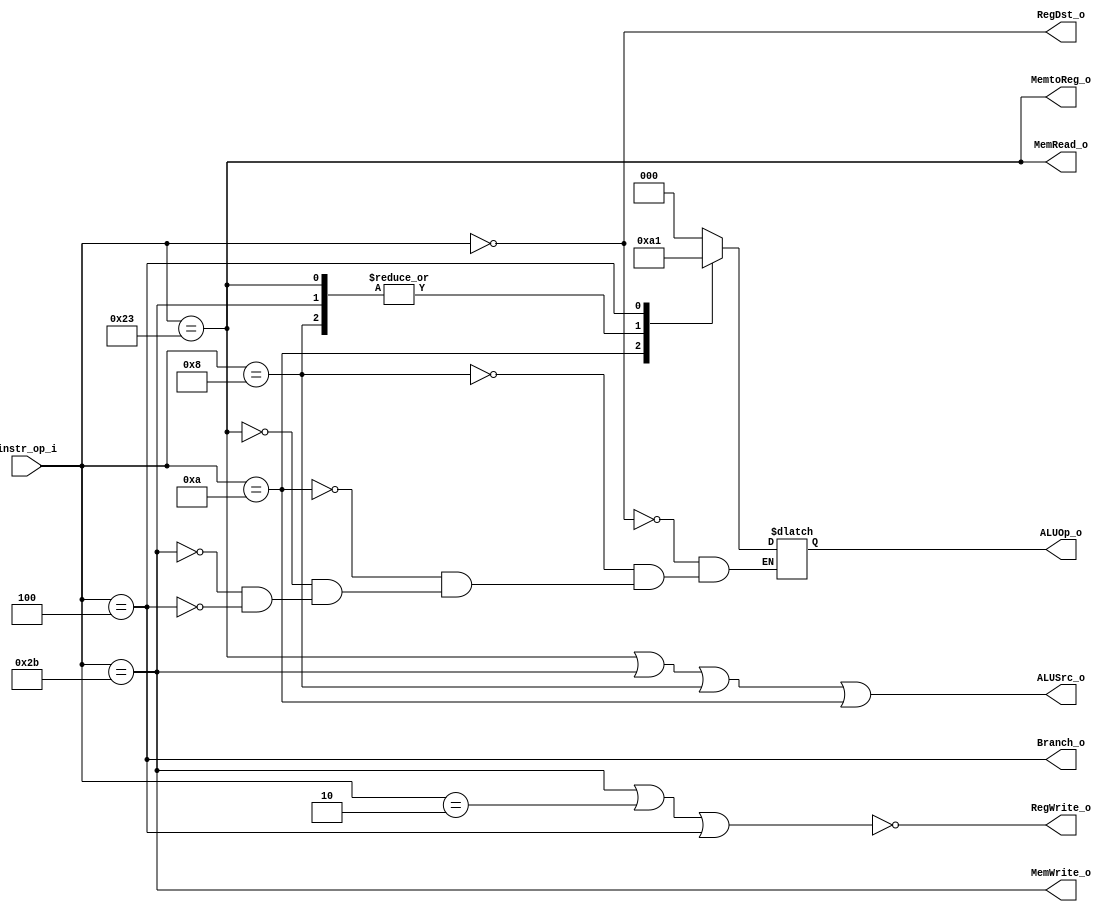
//Subject:     CO project 2 - Decoder
//--------------------------------------------------------------------------------
//Version:     1
//--------------------------------------------------------------------------------
//Writer:      0616086
//----------------------------------------------
//----------------------------------------------
//Description: 
//--------------------------------------------------------------------------------


module Decoder( 
	instr_op_i, 
	RegWrite_o,	
	ALUOp_o, 
	ALUSrc_o, 
	RegDst_o,
	Branch_o, 
	MemRead_o, 
	MemWrite_o, 
	MemtoReg_o
);
     
//I/O ports
input	[6-1:0] instr_op_i;

output	[3-1:0] ALUOp_o;
output  RegDst_o, MemtoReg_o;
output  ALUSrc_o, RegWrite_o, Branch_o, MemRead_o, MemWrite_o;

//Internal Signals
reg	[3-1:0] ALUOp_o;
reg 	[2-1:0] BranchType_o;

//Main function
assign RegWrite_o = ~((instr_op_i==6'b101011) | (instr_op_i==6'b000010) | (instr_op_i==6'b000100));// R-type, lw=1
assign ALUSrc_o = (instr_op_i==6'b100011) | (instr_op_i==6'b101011) | (instr_op_i==6'b001000) | (instr_op_i==6'b001010); //lw sw addi slti
assign Branch_o = (instr_op_i==6'b000100);//beq
assign MemRead_o= (instr_op_i==6'b100011); //lw
assign MemWrite_o =(instr_op_i==6'b101011); //sw
assign MemtoReg_o = ((instr_op_i==6'b100011) ); //lw 
assign RegDst_o = (instr_op_i==6'b000000); //R-type choose 0  ; I-type choose 1


always@(*)begin
	case(instr_op_i)
		6'b000000://r-format
		begin
		   ALUOp_o<=3'b000;
		end
		6'b001000://addi
		begin
		   ALUOp_o<=3'b100;
		end
		6'b001010://slti	
		begin
		   ALUOp_o<=3'b010;
		end
		6'b100011://lw	
		begin
		   ALUOp_o<=3'b100;
		end
		6'b101011://sw	
		begin
	   	   ALUOp_o<=3'b100;
		end
		6'b000100://beq	
		begin
		   ALUOp_o<=3'b001;
		end
	endcase
end

endmodule